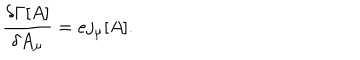
\frac { \delta \Gamma [ A ] } { \delta A _ { \mu } } = e j _ { \mu } [ A ] .